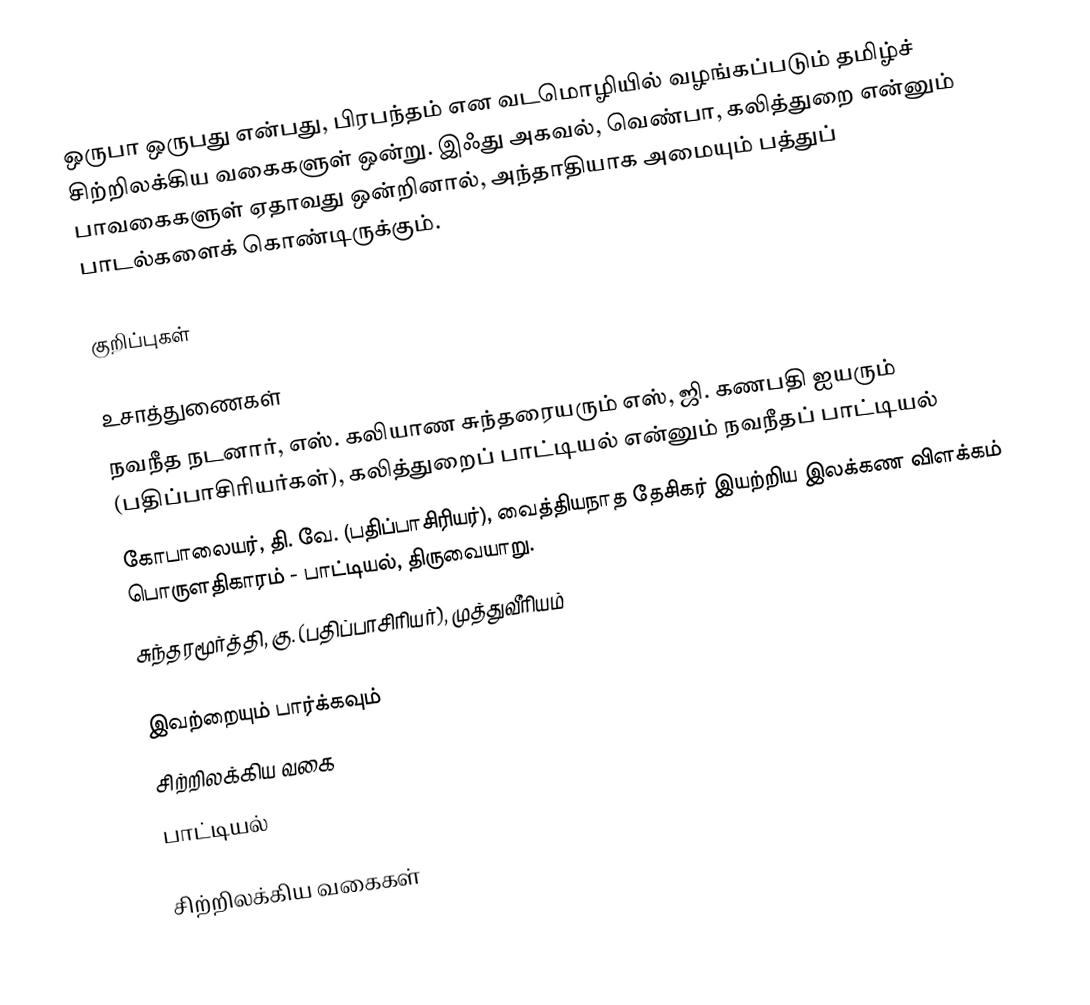
ஒருபா ஒருபது என்பது, பிரபந்தம் என வடமொழியில் வழங்கப்படும் தமிழ்ச் சிற்றிலக்கிய வகைகளுள் ஒன்று. இஃது அகவல், வெண்பா, கலித்துறை என்னும் பாவகைகளுள் ஏதாவது ஒன்றினால், அந்தாதியாக அமையும் பத்துப் பாடல்களைக் கொண்டிருக்கும்.

குறிப்புகள்

உசாத்துணைகள்
 நவநீத நடனார், எஸ். கலியாண சுந்தரையரும் எஸ், ஜி. கணபதி ஐயரும் (பதிப்பாசிரியர்கள்), கலித்துறைப் பாட்டியல் என்னும் நவநீதப் பாட்டியல்
 கோபாலையர், தி. வே. (பதிப்பாசிரியர்), வைத்தியநாத தேசிகர் இயற்றிய இலக்கண விளக்கம் பொருளதிகாரம் - பாட்டியல், திருவையாறு.
 சுந்தரமூர்த்தி, கு. (பதிப்பாசிரியர்), முத்துவீரியம்

இவற்றையும் பார்க்கவும்
 சிற்றிலக்கிய வகை
 பாட்டியல்

சிற்றிலக்கிய வகைகள்